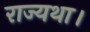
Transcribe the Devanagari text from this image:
राज्यथा।